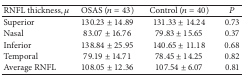
| RNFL thickness, μ | OSAS (n = 43) | Control (n = 40) | P |
 | --- | --- | --- | --- |
 | Superior | 130.23 ± 14.89 | 131.33 ± 14.24 | 0.73 |
 | Nasal | 83.07 ± 16.76 | 79.83 ± 15.65 | 0.37 |
 | Inferior | 138.84 ± 25.95 | 140.65 ± 11.18 | 0.68 |
 | Temporal | 79.19 ± 14.71 | 78.45 ± 14.25 | 0.82 |
 | Average RNFL | 108.05 ± 12.36 | 107.54 ± 6.07 | 0.81 |